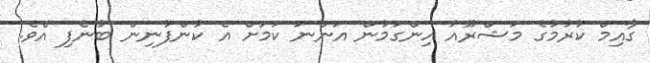
ގާއިމް ކުރުމުގެ މަޝްރޫއު ހިންގަމުން އަންނަ ކަމަށް އެ ކުންފުނިން ބުނެފި އެވެ.